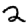
Digit: 2